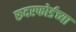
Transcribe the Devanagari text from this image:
रुदरफोर्डच्या